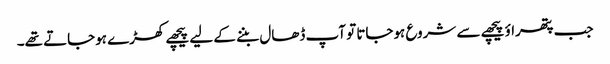
جب پتھراؤ پیچھے سے شروع ہوجاتا تو آپ ڈھال بننے کے لیے پیچھے کھڑے ہوجاتے تھے۔